Report on the nature of kala-azar
Disease focus: Kala-Azar
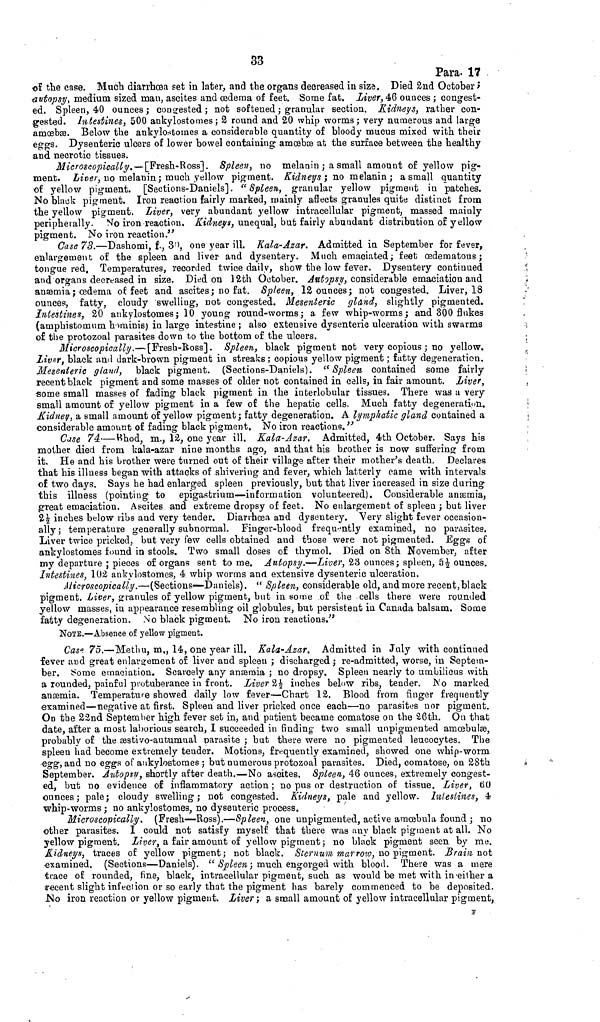
33
Para. 17
of the case. Much diarrhœa set in later, and the organs decreased in size. Died 2nd October ;
autopsy, medium sized man, ascites and œdema of feet. Some fat. Liver, 46 ounces ; congest-
ed. Spleen, 40 ounces ; congested ; not softened ; granular section. Kidneys, rather con-
gested. Intestines, 500 ankylostomes ; 2 round and 20 whip worms ; very numerous and large
amœbæ. Below the ankylostomes a considerable quantity of bloody mucus mixed with their
eggs. Dysenteric ulcers of lower bowel containing amœbæ at the surface between the healthy
and necrotic tissues.
Microscopically. — [Fresh-Ross]. Spleen, no melanin ; a small amount of yellow pig-
ment. Liver, no melanin ; much yellow pigment. Kidneys ; no melanin ; a small quantity
of yellow pigment. [Sections-Daniels] "Spleen, granular yellow pigment in patches.
No black pigment. Iron reaction fairly marked, mainly affects granules quite distinct from
the yellow pigment. Liver, very abundant yellow intracellular pigment, massed mainly
peripherally, No iron reaction. Kidneys, unequal, but fairly abundant distribution of yellow
pigment. No iron reaction."
Case 73.—Dashomi, f., 30, one year ill. Kala-Azar. Admitted in September for fever,
enlargement of the spleen and liver and dysentery. Much emaciated; feet œdematous ;
tongue red, Temperatures, recorded twice daily, show the low fever, Dysentery continued
and organs decreased in size. Died on 12th October. Autopsy, considerable emaciation and
anæmia ; œdema of feet and ascites ; no fat. Spleen, 12 ounces; not congested. Liver, 18
ounces, fatty, cloudy swelling, not congested. Mesenteric gland, slightly pigmented.
Intestines, 20 ankylostomes ; 10 young round-worms ; a few whip-worms; and 300 flukes
(amphistomum hominis) in large intestine ; also extensive dysenteric ulcération with swarms
of the protozoal parasites down to the bottom of the ulcers.
Microscopically.—[Fresh-Ross]. Spleen, black pigment not very copious ; no yellow.
Liver, black and dark-brown pigment in streaks ; copious yellow pigment ; fatty degeneration.
Mesenteric gland, black pigment. (Sections-Daniels). "Spleen contained some fairly
recent black pigment and some masses of older not contained in cells, in fair amount. Liver,
some small masses of fading black pigment in the interlobular tissues. There was a very
small amount of yellow pigment in a few of the hepatic cells. Much fatty degeneration.
Kidney, a small amount of yellow pigment; fatty degeneration. A lymphatic gland contained a
considerable amount of fading black pigment. No iron reactions."
Case 74—\ill\hod, m., 12, one year ill. Kala-Azar. Admitted, 4th October. Says his
mother died from kala-azar nine months ago, and that his brother is now suffering from
it. He and his brother were turned out of their village after their mother's death Declares
that his illness began with attacks of shivering and fever, which latterly came with intervals
of two days. Says he had enlarged spleen previously, but that liver increased in size during
this illness (pointing to epigastrium—information volunteered). Considerable anæmia,
great emaciation. Ascites and extreme dropsy of feet. No enlargement of spleen ; but liver
2½ inches below ribs and very tender. Diarrhœa and dysentery. Very slight fever occasion-
ally; temperature generally subnormal. Finger-blood frequently examined, no parasites.
Liver twice pricked, but very few cells obtained and those were not pigmented. Eggs of
ankylostomes found in stools. Two small doses of thymol. Died on 8th November, after
my departure ; pieces of organs sent to me. Autopsy.—Liver, 23 ounces; spleen, 5½ ounces.
Intestines, 102 ankylostomes, 4 whip worms and extensive dysenteric ulceration.
Microscopically.—(Sections—Daniels). "Spleen, considerable old, and more recent, black
pigment. Liver, granules of yellow pigment, but in some of the cells there were rounded
yellow masses, in appearance resembling oil globules, but persistent in Canada balsam. Some
fatty degeneration, No black pigment. No iron reactions."
NOTE.—Absence of yellow pigment.
Case 75.—Methu, m., 14, one year ill. Kala-Azar. Admitted in July with continued
fever and great enlargement of liver and spleen ; discharged ; re-admitted, worse, in Septem-
ber. Some emaciation. Scarcely any anæmia ; no dropsy. Spleen nearly to umbilicus with
a rounded, painful protuberance in front. Liver 2½ inches below ribs, tender. No marked
anæmia. Temperature showed daily low fever—Chart 12. Blood from finger frequently
examined—negative at first. Spleen and liver pricked once each—no parasites nor pigment.
On the 22nd September high fever set in, and patient became comatose on the 26th. On that
date, after a most laborious search, I succeeded in finding two small unpigmented amœbulæ,
probably of the æstivo-autumnal parasite ; but there were no pigmented leucocytes. The
spleen had become extremely tender. Motions, frequently examined, showed one whip-worm
egg, and no eggs of ankylostomes ; but numerous protozoal parasites. Died, comatose, on 28th
September. Autopsy, shortly after death.—No ascites. Spleen, 46 ounces, extremely congest-
ed, but no evidence o£ inflammatory action ; no pus or destruction of tissue. Liver, 60
ounces ; pale; cloudy swelling ; not congested. Kidneys, pale and yellow. Intestines, 4
whip-worms ; no ankylostomes, no dysenteric process.
Microscopically, (Fresh—Ross).—Spleen, one unpigmented, active amœbula found ; no
other parasites. I could not satisfy myself that there was any black pigment at all. No
yellow pigment. Liver, a fair amount of yellow pigment; no black pigment seen by me.
Kidneys, traces of yellow pigment ; not black. Sternum marrow, no pigment. Brain not
examined. (Sections—Daniels). "Spleen ; much engorged with blood. There was a mere
trace of rounded, fine, black, intracellular pigment, such as would be met with in either a
recent slight infection or so early that the pigment has barely commenced to be deposited.
No iron reaction or yellow pigment. Liver; a small amount of yellow intracellular pigment,
F